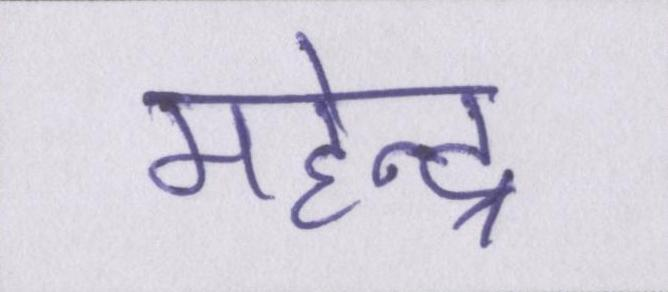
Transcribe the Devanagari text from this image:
महेन्द्र